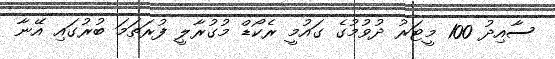
ސާއިދު 100 މީޓަރު ދުވުމުގެ ގައުމީ ރެކޯޑް މުގުރާލީ ފުރަތަމަ ބުރުގައި އޭނާ